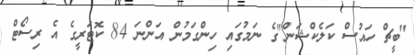
"ބީޗް ހައުސް ކަލެކްޝަން"ގެ ނަމުގައި ހިންގަމުން އަންނަ 84 ކޮޓަރީގެ އެ ރިސޯޓް